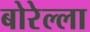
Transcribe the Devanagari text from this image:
बोरेल्ला